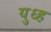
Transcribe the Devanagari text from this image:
युध्ह